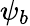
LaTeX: \psi_{b}